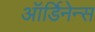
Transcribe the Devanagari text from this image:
ऑर्डिनेन्स